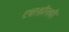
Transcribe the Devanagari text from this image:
टचस्क्रीनची